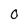
Character: O